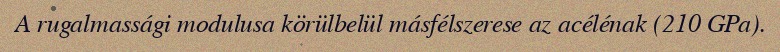
A rugalmassági modulusa körülbelül másfélszerese az acélénak (210 GPa).